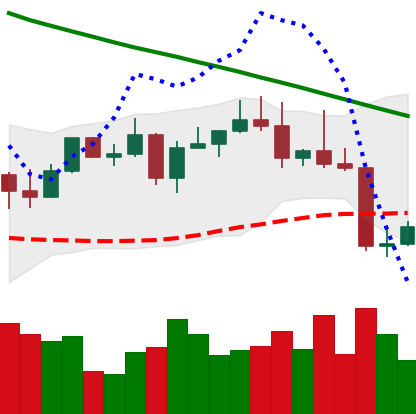
Ticker: LTC-USD
Chart end date: 2022-08-21
Forward return: -4.951%
Label: down_3_5